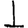
Digit: 1